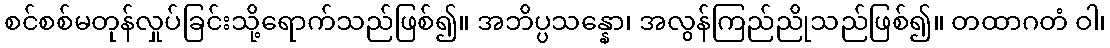
စင်စစ်မတုန်လှုပ်ခြင်းသို့ရောက်သည်ဖြစ်၍။ အဘိပ္ပသန္နော၊ အလွန်ကြည်ညိုသည်ဖြစ်၍။ တထာဂတံ ဝါ၊